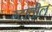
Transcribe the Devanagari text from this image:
ग्टातील